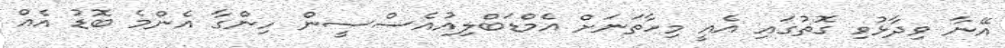
އޭނާ ވިދާޅުވި ގޮތުގައި އެއީ މިހާތަނަށް އެމްޑަބްލިއުއެސްސީން ހިންގާ އެންމެ ބޮޑު އެއް